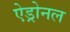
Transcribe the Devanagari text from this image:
ऐड्रोनल